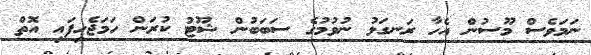
ނަމަވެސް މޫސުން އެހާ ރަނގަޅު ނުވުމުގެ ސަބަބުން ޝޫޓު ކުރަން ހަމަޖެހިފައި އޮތް